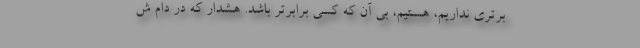
برتری نداریم، هستیم، بی آن که کسی برابرتر باشد. هشدار که در دام ش